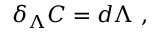
\delta _ { \Lambda } C = d \Lambda \ ,